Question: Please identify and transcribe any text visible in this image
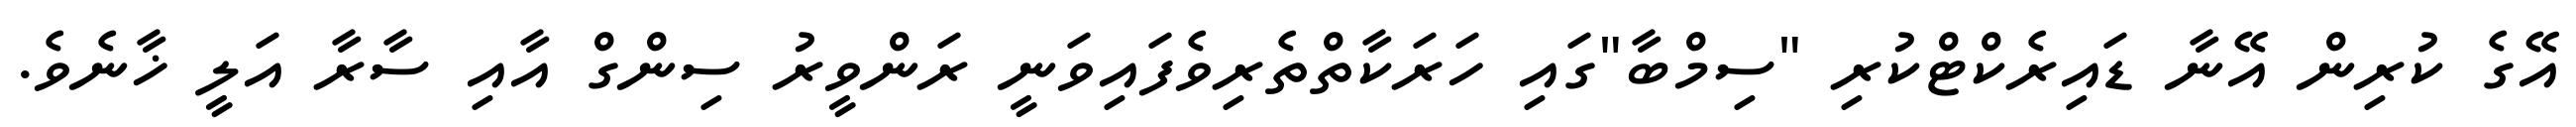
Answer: އޭގެ ކުރިން އޭނާ ޑައިރެކްޓްކުރި "ސިމްބާ"ގައި ހަރަކާތްތެރިވެފައިވަނީ ރަންވީރު ސިންގް އާއި ސާރާ އަލީ ޚާނެވެ.